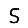
Digit: 5